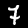
Digit: 7